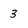
Character: 3